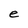
Character: e